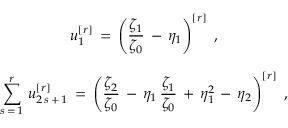
\begin{array} { c } { { \displaystyle { u _ { 1 } ^ { [ r ] } \, = \, \left( \frac { \zeta _ { 1 } } { \zeta _ { 0 } } \, - \, \eta _ { 1 } \right) ^ { [ r ] } \, \, , } } } \\ { { \mathrm { } } } \\ { { \displaystyle { \sum _ { s \, = \, 1 } ^ { r } \, u _ { 2 \, s \, + \, 1 } ^ { [ r ] } \, = \, \left( \frac { \zeta _ { 2 } } { \zeta _ { 0 } } \, - \, \eta _ { 1 } \, \frac { \zeta _ { 1 } } { \zeta _ { 0 } } \, + \, \eta _ { 1 } ^ { 2 } \, - \, \eta _ { 2 } \right) ^ { [ r ] } \, \, , } } } \end{array}